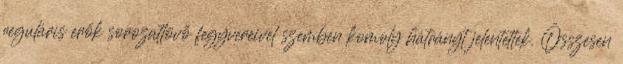
reguláris erők sorozatlövő fegyvereivel szemben komoly hátrányt jelentettek. Összesen